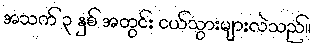
အသက် ၃ နှစ် အတွင်း ငယ်သွားများလဲသည်။